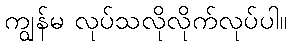
ကျွန်မ လုပ်သလိုလိုက်လုပ်ပါ။